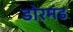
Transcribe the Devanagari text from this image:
डोरमंड